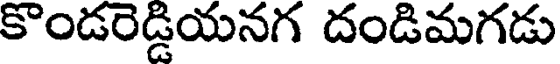
కొండరెడ్డియనగ దండిమగడు